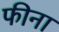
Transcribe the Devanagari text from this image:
फीना